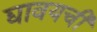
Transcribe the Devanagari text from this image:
द्यावयची